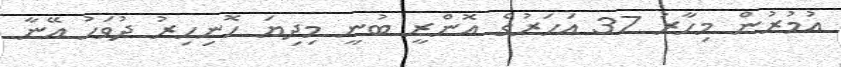
އުމުރުން މިހާރު 37 އަހަރުގެ އޮންރީ ބުނީ މިދިޔަ ހޮނިހިރު ދުވަހު އޭނާ